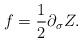
LaTeX: \begin{align*}f=\frac{1}{2}\partial_{\sigma}Z.\end{align*}